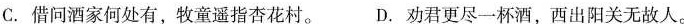
C.借问酒家何处有，牧童遥指杏花村。 D.劝君更尽一杯酒，西出阳关无故人。